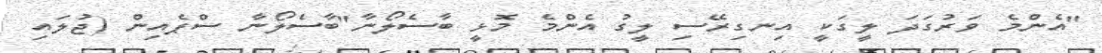
"އެންމެ ވަރުގަދަ ލީގަކީ އިނގިރޭސި ލީގު އެންމެ މޮޅީ ބާސެލޯނާ"ބާސެލޯނާ ސްޕެއިން (ޖުލައި